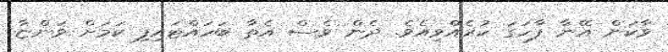
ވާކަން އޭނާ ފާހަގަ ކުރެއްވިއެވެ. ދެން ވެސް އެތާ ބަހައްޓައިފި ކަމަށް ވަންޏާ